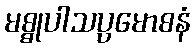
မစ္စုပါသပ္ပမောစနံ